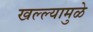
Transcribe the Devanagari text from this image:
खल्ल्यामुळे